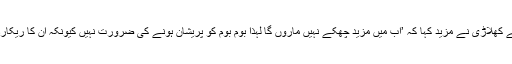
ویسٹ انڈیز کے کھلاڑی نے مزید کہا کہ ’اب میں مزید چھکے نہیں ماروں گا لہذا بوم بوم کو پریشان ہونے کی ضرورت نہیں کیونکہ اُن کا ریکارڈ قائم رہے گا‘۔